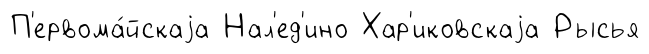
П'ервома́йскаjа Нал'ед'ино Хар'иковскаjа Рысья